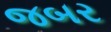
જબર